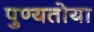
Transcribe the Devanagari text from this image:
पुण्यतोया